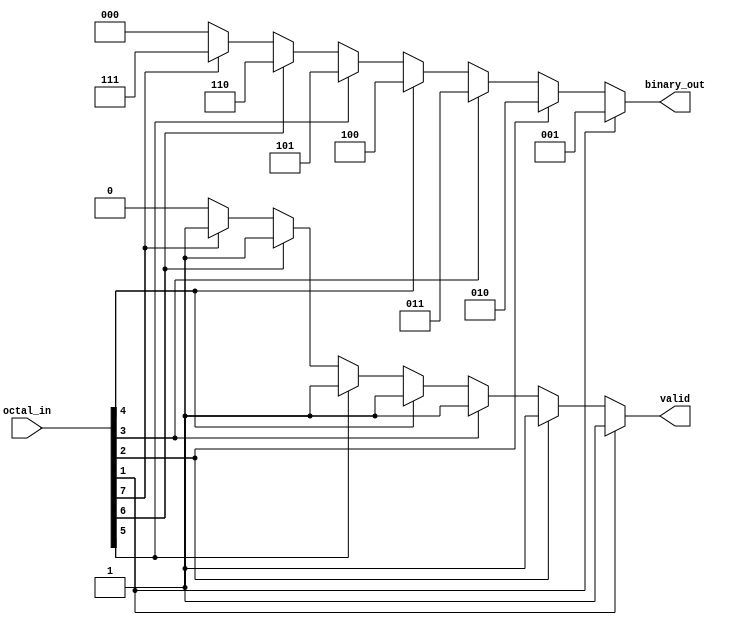
module octal_to_binary_encoder (
    input  wire [7:0] octal_in,   // 8-bit input representing octal digits
    output reg  [2:0] binary_out,  // 3-bit output for binary equivalent
    output reg        valid         // 1-bit output indicating valid input
);

    always @(*) begin
        // Default values
        binary_out = 3'b000; // Default output for octal 0
        valid = 1'b0;        // Default valid state

        // Check for valid octal input (1 to 7)
        if (octal_in[1]) begin
            binary_out = 3'b001; // Octal 1
            valid = 1'b1;
        end else if (octal_in[2]) begin
            binary_out = 3'b010; // Octal 2
            valid = 1'b1;
        end else if (octal_in[3]) begin
            binary_out = 3'b011; // Octal 3
            valid = 1'b1;
        end else if (octal_in[4]) begin
            binary_out = 3'b100; // Octal 4
            valid = 1'b1;
        end else if (octal_in[5]) begin
            binary_out = 3'b101; // Octal 5
            valid = 1'b1;
        end else if (octal_in[6]) begin
            binary_out = 3'b110; // Octal 6
            valid = 1'b1;
        end else if (octal_in[7]) begin
            binary_out = 3'b111; // Octal 7
            valid = 1'b1;
        end
        // If octal_in[0] is high, binary_out remains 000 and valid remains 0
    end

endmodule